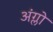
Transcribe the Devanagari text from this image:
अंग्लो